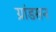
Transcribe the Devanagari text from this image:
ग्रांडसन